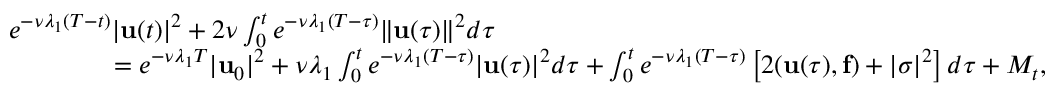
\begin{array} { r l } & { e ^ { - \nu \lambda _ { 1 } ( T - t ) } | \mathbf { u } ( t ) | ^ { 2 } + 2 \nu \int _ { 0 } ^ { t } e ^ { - \nu \lambda _ { 1 } ( T - \tau ) } \| \mathbf { u } ( \tau ) \| ^ { 2 } d \tau } \\ & { \qquad \qquad = e ^ { - \nu \lambda _ { 1 } T } | \mathbf { u } _ { 0 } | ^ { 2 } + \nu \lambda _ { 1 } \int _ { 0 } ^ { t } e ^ { - \nu \lambda _ { 1 } ( T - \tau ) } | \mathbf { u } ( \tau ) | ^ { 2 } d \tau + \int _ { 0 } ^ { t } e ^ { - \nu \lambda _ { 1 } ( T - \tau ) } \left[ 2 ( \mathbf { u } ( \tau ) , \mathbf { f } ) + | \sigma | ^ { 2 } \right] d \tau + M _ { t } , } \end{array}